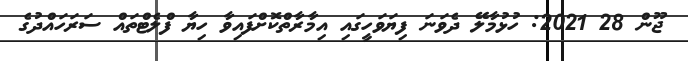
ޖޫން 28 2021: ހުޅުމާލޭ ދެވަނަ ފިޔަވަހީގައި އިމާރާތްކޮށްފައިވާ ހިޔާ ފްލެޓްތައް ސަރަހައްދުގެ